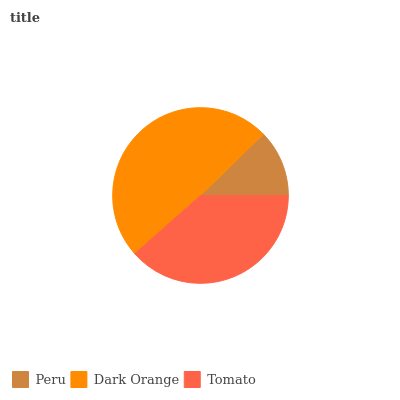
| Peru | Dark Orange | Tomato |
 | --- | --- | --- |
 | 12.3% | 49.2% | 38.5% |